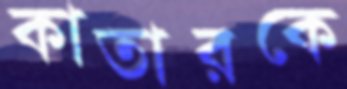
কাতারকে